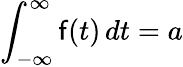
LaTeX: \int_{-\infty}^{\infty}\mathsf{f}(t)\, dt=a